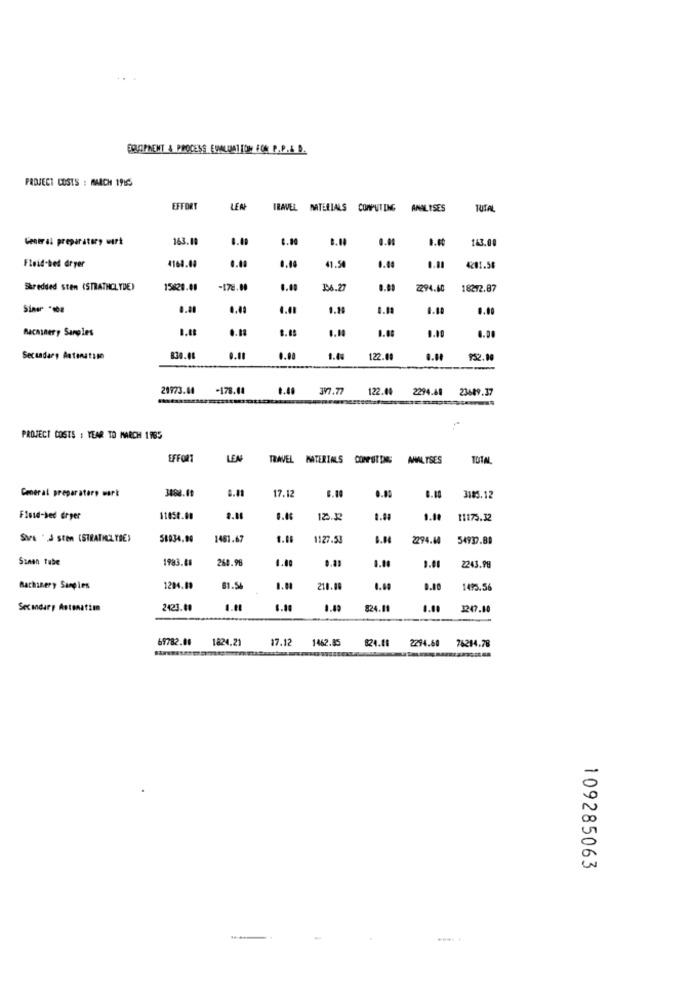
EQUIPMENT & PROCESS EWALUATION FON P.P.& D.
PROJECT COSTS : MARCH 19IS
EFFORT
LEN
TRAVEL MATERIALS COMPUTING ANALISES
TUTAL
General preparatory wirt
163.10
8.0
0.00
1.00
143.00
0.00
Fluid-bel dryer
4160.08
0.40
41.54
4201.58
Shredded sten (STRATHCLYDE)
15820.00
-178.00
0.00
34.27
0.09
2294.40
18272.87
Siner *10.
0.40
0.49
0.20
0.00
Bacminery Saroles
0.18
0.00
0.00
Secondary Antenatile
830.08
0.00
1.4.
122.08
952.00
29973.60
-178.04
1.40
397.77
122.00
2294.68
23689.37
PROJECT COSTS : YEAR TO MARCH 1785
EFFORT
LEA
TRAVEL MATERIALS COMPUTING ANALYSES
101m
3884.19
17.12
6.10
0.00
General preparatore mark
3185.12
Floue-bed dryer
11050.00
125.33
1.00 11175.32
Sare . 3 sten (STRATHCLYDE)
58934.90
1461.67
1127.53
2294.44
54939.89
Sinon tube
1983.68
260.98
1.00
0.81
2243.98
Machinery Samples
1204.09
81.54
1.11
210.00
1495.56
Secondary Astonation
2423.00
824.11
0.00
3247.10
69782.00
1824.21
17.12
1462.85
824.08
2294.60 76214.78
109285063